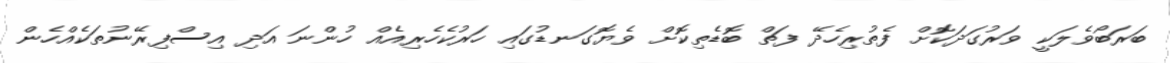
ބަރަބޯވެލަކީ ވަރުގަދަކޮށް ފެތުރިހެދޭ ފަތް ބޮޑެތިކޮށް ވެޔޮގަނޑުގައި ހަރުކެހެރިއެއް ހުންނަ އަދި އިސްފިރޭނުތަކެއްހެން